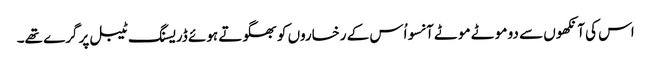
اس کی آنکھوں سے دو موٹے موٹے آنسو اُس کے رخساروں کو بھگوتے ہوئے ڈریسنگ ٹیبل پر گرے تھے۔